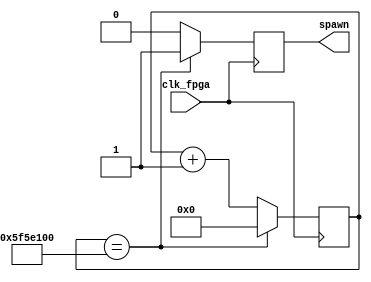
module enemy_spawn_signal_generator (
input clk_fpga,
output reg spawn

);


reg [31:0] counter;

always@(posedge(clk_fpga)) begin


if (counter == 'd100000000) begin
 counter <= 'd0;
 spawn <= 'd1;
 
 end
 
 else begin
 
 spawn <= 'd0;
 counter <= counter + 1;
 
 end
 end
 endmodule